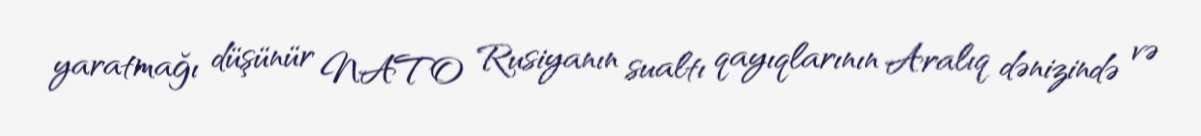
yaratmağı düşünür NATO Rusiyanın sualtı qayıqlarının Aralıq dənizində və